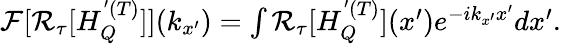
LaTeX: \begin{array}{r}{\mathcal{F}[\mathcal{R}_{\tau}[H_{Q}^{'(T)}]](k_{x^{\prime}})=\int\mathcal{R}_{\tau}[H_{Q}^{'(T)}](x^{\prime})e^{-ik_{x^{\prime}}x^{\prime}}dx^{\prime}.}\end{array}